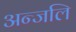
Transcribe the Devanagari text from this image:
अन्जलि